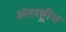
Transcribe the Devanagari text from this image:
अंतरष्ट्रीय